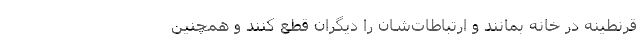
قرنطینه در خانه بمانند و ارتباطات‌شان را دیگران قطع کنند و همچنین